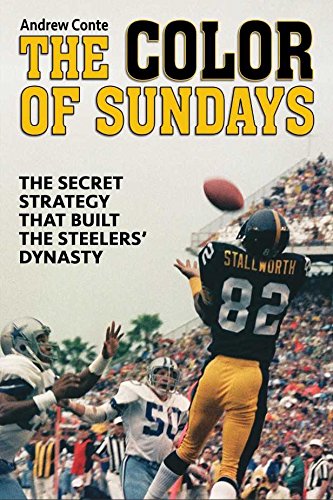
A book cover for The Color of Sundays: The Secret Strategy That Built the Steelers Dynasty; Andrew Conte; Sports & Outdoors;